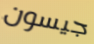
جيسون